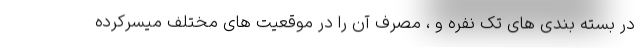
در بسته بندی های تک نفره و ، مصرف آن را در موقعیت های مختلف میسرکرده